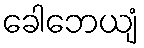
ခေါဘေယျံ